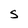
Character: S